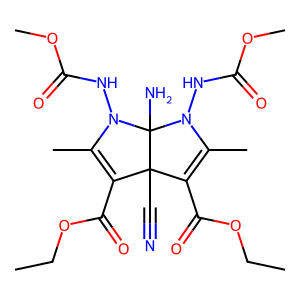
SMILES: CCOC(=O)C1=C(C)N(NC(=O)OC)C2(N)N(NC(=O)OC)C(C)=C(C(=O)OCC)C12C#N
Inhibits HIV replication: No